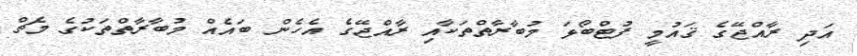
އަދި ރާއްޖޭގެ ޤައުމީ ފުޓްބޯޅަ މުބާރާތްތަކާއި ރާއްޖޭގެ އެހެން ބައެއް މުބާރާތްތަކުގެ މެޗް